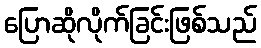
ပြောဆိုလိုက်ခြင်းဖြစ်သည်